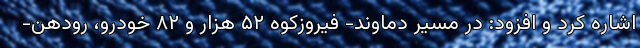
اشاره کرد و افزود: در مسیر دماوند- فیروزکوه ۵۲ هزار و ۸۲ خودرو، رودهن-